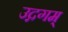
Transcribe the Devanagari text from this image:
उद्गगम्